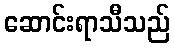
ဆောင်းရာသီသည်